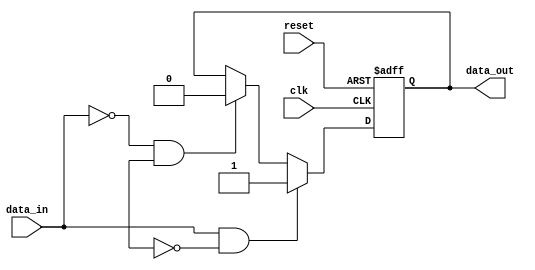
module schmitt_trigger_buffer (
    input wire clk,
    input wire reset,
    input wire data_in,
    output reg data_out
);

// Internal signals
reg prev_data_out;

// Schmitt trigger logic
always @ (posedge clk or posedge reset) begin
   if (reset) begin
      data_out <= 1'b0;
   end else begin
      if (data_in && !prev_data_out) begin
         data_out <= 1'b1;
      end else if (!data_in && prev_data_out) begin
         data_out <= 1'b0;
      end;
   end
end

endmodule